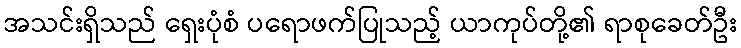
အသင်းရှိသည် ရှေးပုံစံ ပရောဖက်ပြုသည့် ယာကုပ်တို့၏ ရာစုခေတ်ဦး